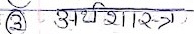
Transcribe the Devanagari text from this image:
३ अर्थशास्त्र